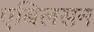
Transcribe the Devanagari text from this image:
एबिलसन